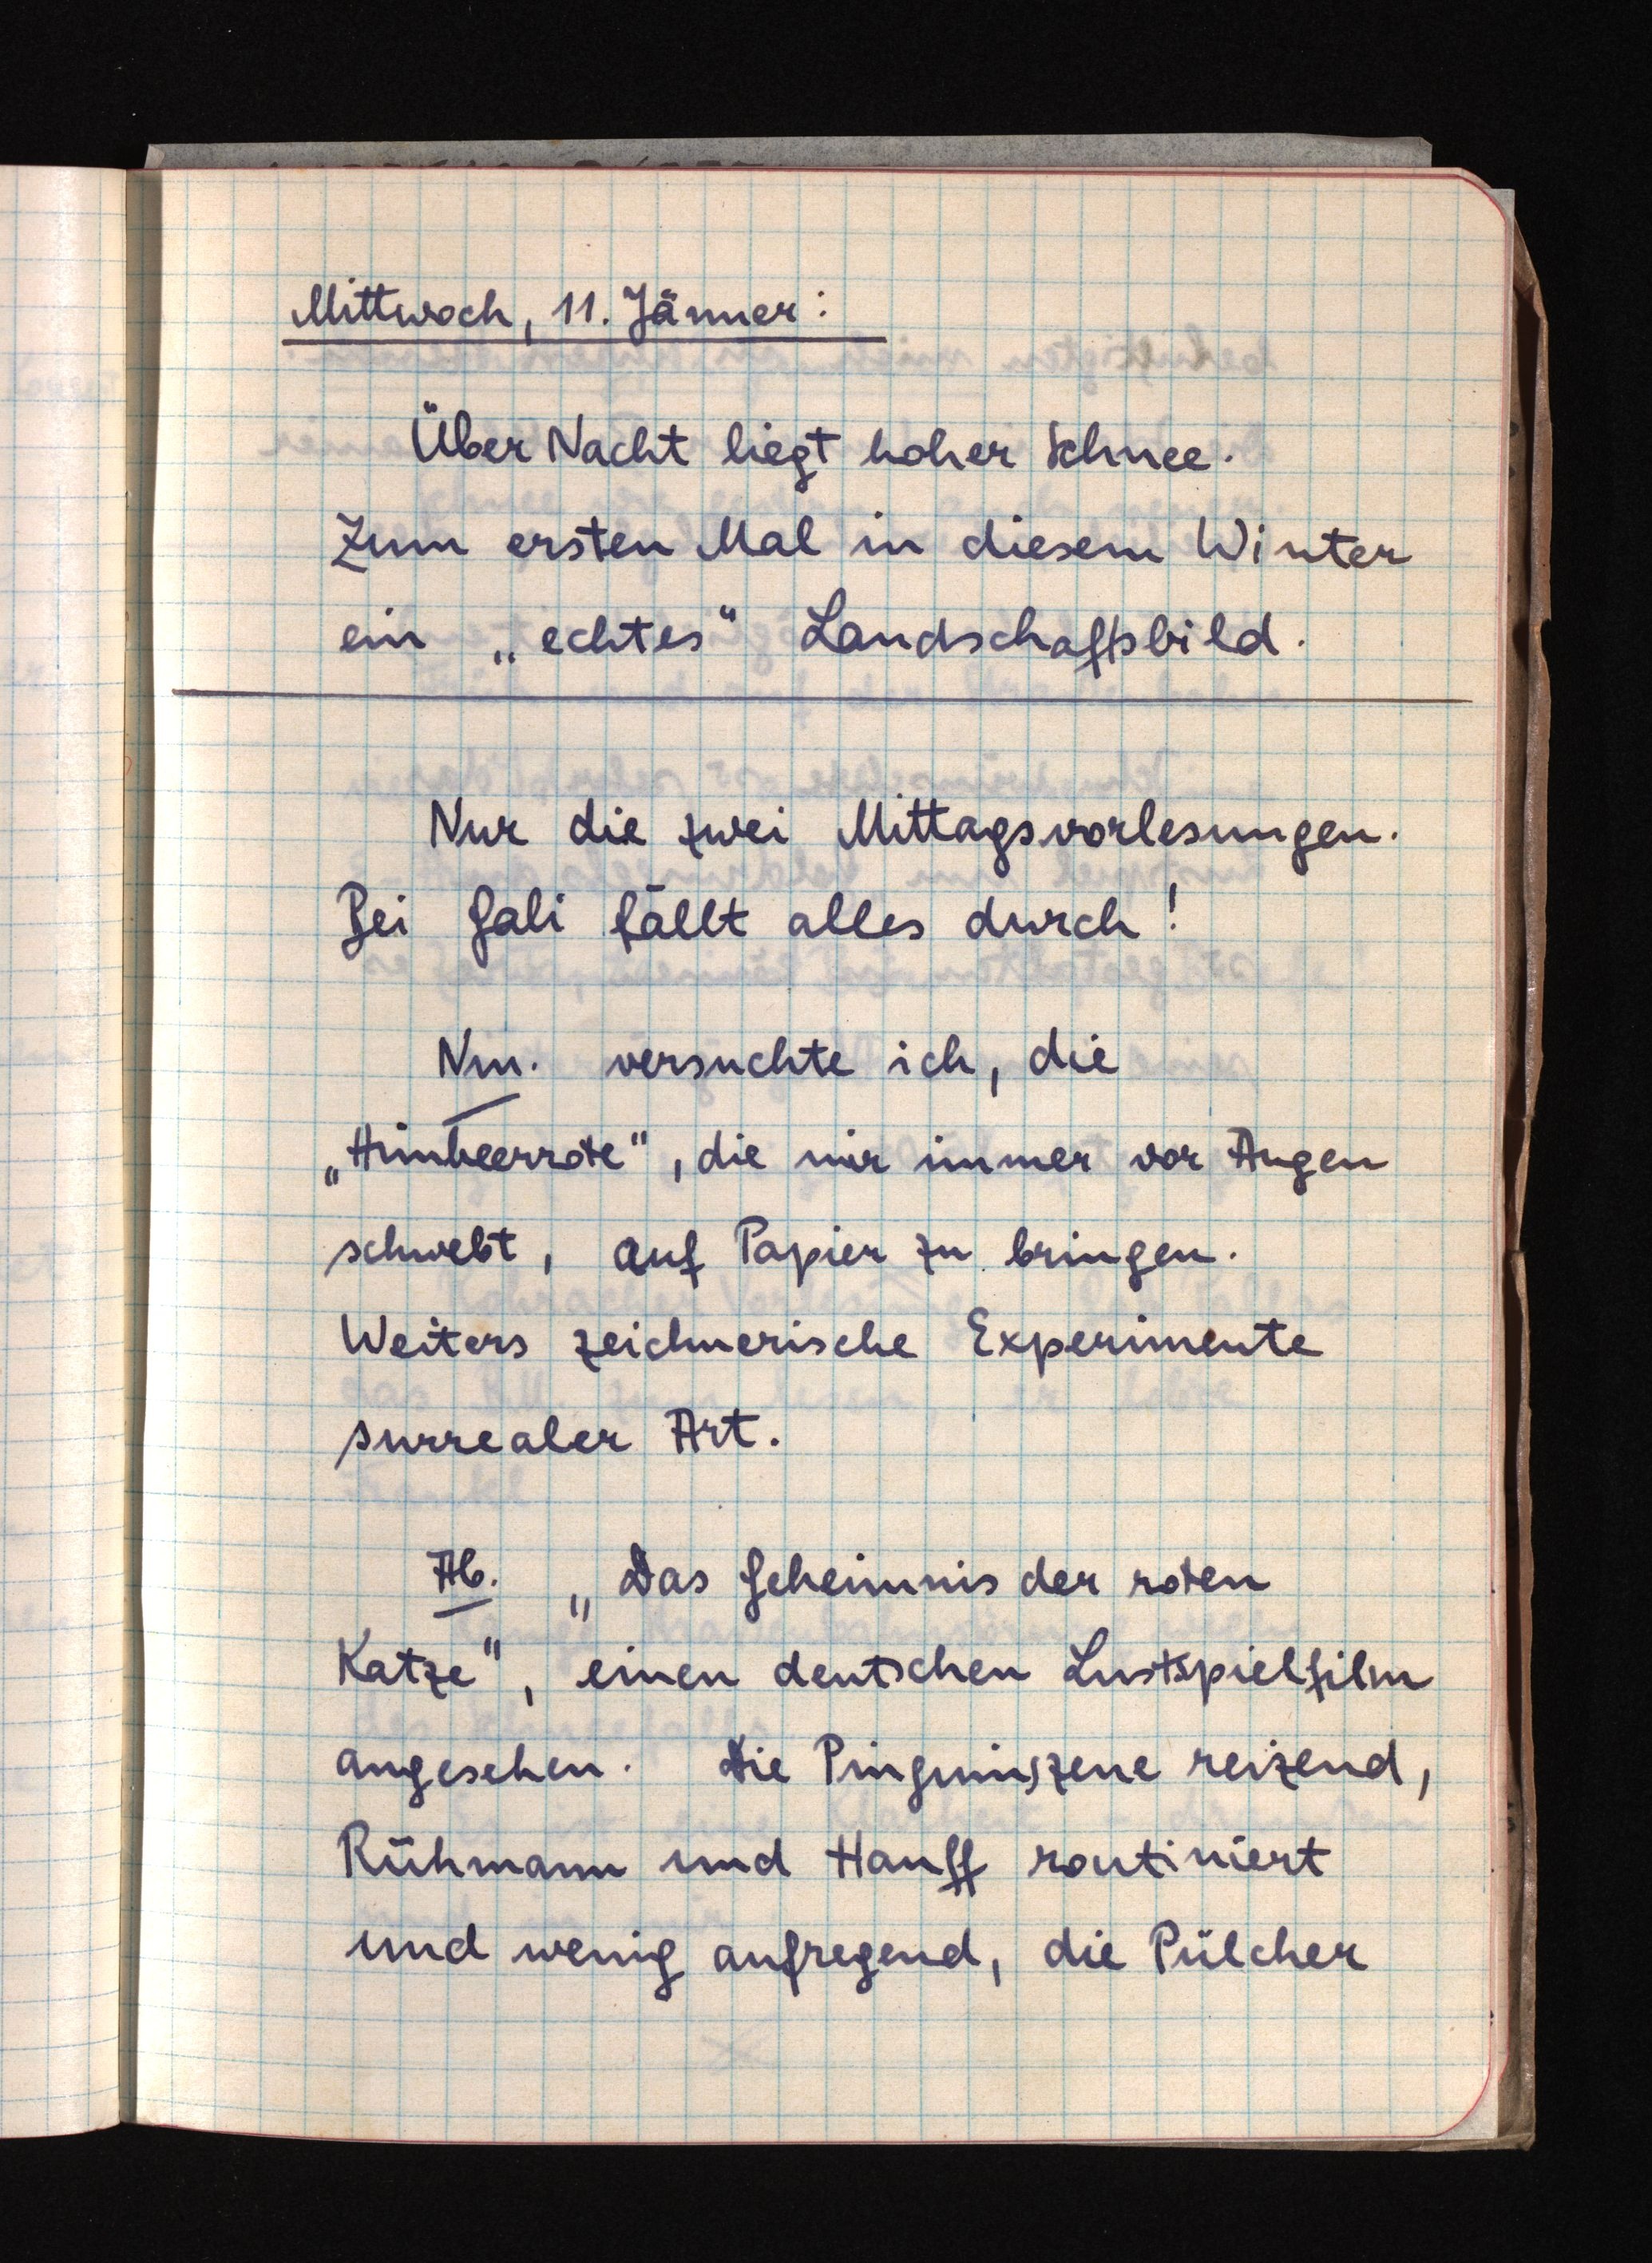
Mittwoch, 11. Jänner:
Über Nacht liegt hoher Schnee.
Zum ersten Mal in diesem Winter
ein "echtes" Landschaftsbild.
Nur die zwei Mittagsvorlesungen.
Bei Gali fällt alles durch!
Nm. versuchte ich, die
"Himbeerrote", die mir immer vor Augen
schwebt, auf Papier zu bringen.
Weiters zeichnerische Experimente
surrealer Art.
Ab. "Das Geheimnis der roten
Katze", einen deutschen Lustspielfilm
angesehen. Die Pinguinszene reizend,
Rühmann und Hauff routiniert
und wenig aufregend, die Pülcher